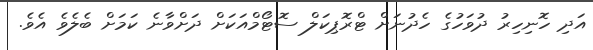
އަދި ހޮނިހިރު ދުވަހުގެ ހެދުނަށް ޓްރޮޕިކަލް ސޮޓޯމްއަކަށް ދަށްވާނެ ކަމަށް ބެލެވެ އެވެ.